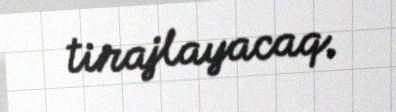
tirajlayacaq.